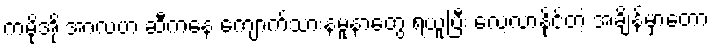
ကမိုအို အာလဗာ ဆီကနေ ကျောက်သားနမူနာတွေ ရယူပြီး လေ့လာနိုင်တဲ့ အချိန်မှာတော့